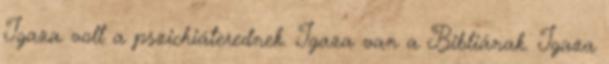
Igaza volt a pszichiáterednek. Igaza van a Bibliának. Igaza